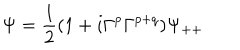
\Psi = { \frac { 1 } { 2 } } ( 1 + i \Gamma ^ { p } \Gamma ^ { p + q } ) \Psi _ { + + }